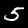
Digit: 5